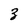
Character: 3